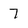
Character: 7